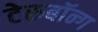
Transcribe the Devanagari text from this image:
टेरुबॉन्ग